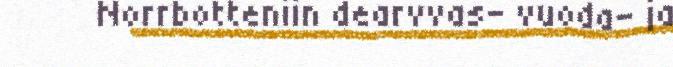
Norrbotteniin dearvvas- vuoda- ja